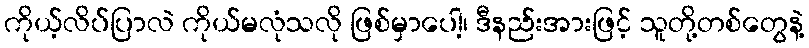
ကိုယ့်လိပ်ပြာလဲ ကိုယ်မလုံသလို ဖြစ်မှာပေါ့၊ ဒီနည်းအားဖြင့် သူတို့တစ်တွေနဲ့